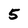
Character: 5